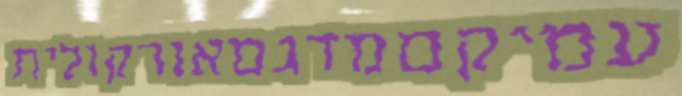
עמיקםמדגםאורקולית